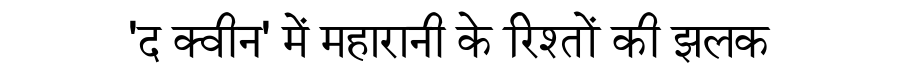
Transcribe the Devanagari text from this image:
'द क्वीन' में महारानी के रिश्तों की झलक